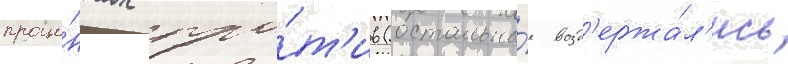
проце́нтах про́т'ив (остальны́е возд'ержа́л'ись